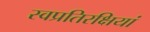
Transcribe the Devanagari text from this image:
स्वप्रतिरक्षियां